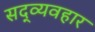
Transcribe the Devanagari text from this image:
सद्‍व्यवहार